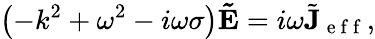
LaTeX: \left(-k^{2}+\omega^{2}-i\omega\sigma\right)\mathbf{\tilde{E}}=i\omega\tilde{\mathbf{J}}_{\mathrm{~e~f~f~}},